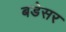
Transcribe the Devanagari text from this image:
बडेसर